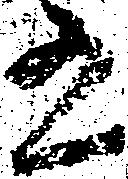
有